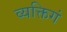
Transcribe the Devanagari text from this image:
व्यक्तिगं